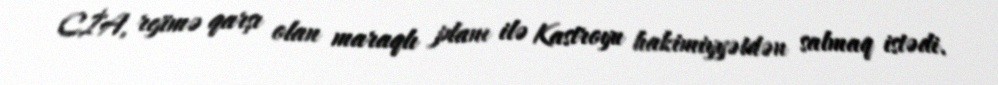
CİA, rejimə qarşı olan maraqlı planı ilə Kastroyu hakimiyyətdən salmaq istədi.